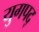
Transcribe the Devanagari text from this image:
युगपद्